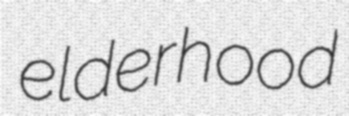
elderhood